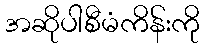
အဆိုပါစီမံကိန်းကို